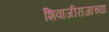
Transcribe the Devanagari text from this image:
शिवाजीराजाच्या